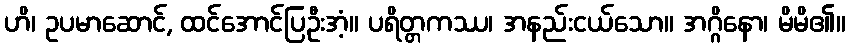
ဟိ၊ ဥပမာဆောင်, ထင်အောင်ပြဦးအံ့။ ပရိတ္တကဿ၊ အနည်းငယ်သော။ အဂ္ဂိနော၊ မိမိ၏။